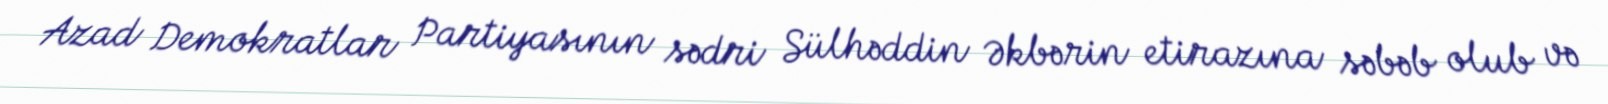
Azad Demokratlar Partiyasının sədri Sülhəddin Əkbərin etirazına səbəb olub və